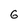
Character: 6